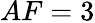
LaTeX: AF=3